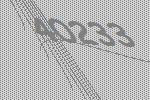
40233